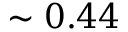
\sim 0 . 4 4